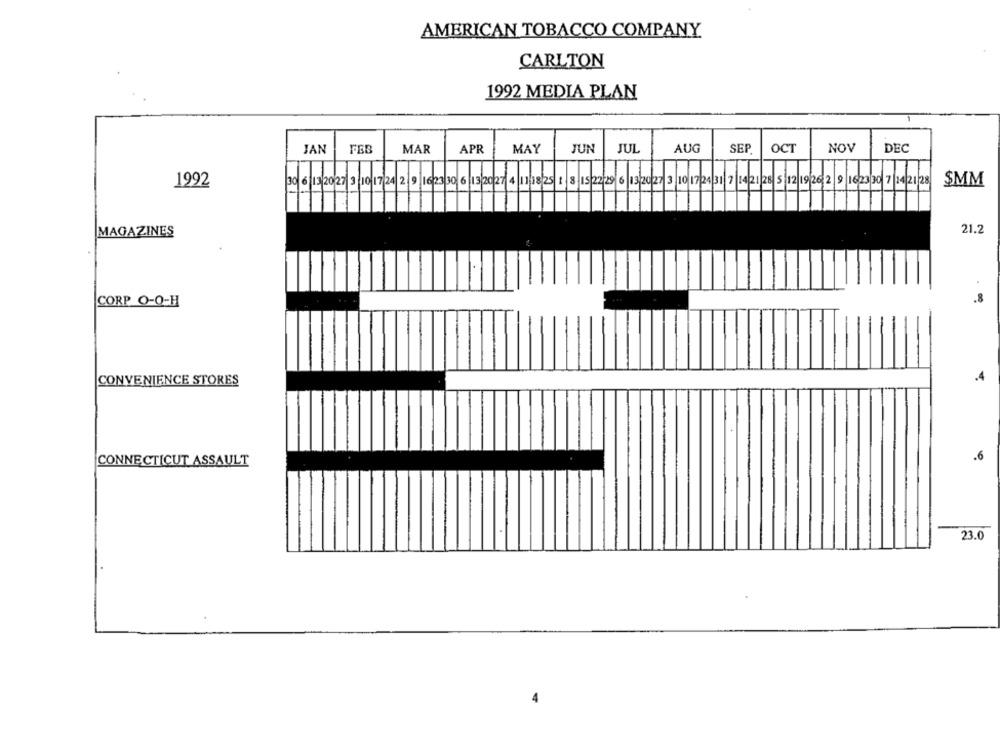
AMERICAN TOBACCO COMPANY
CARLTON
1992 MEDIA PLAN
JAN
MAR
APR
MAY
JUN
JUL
AUG
SEP
OCT
NOV
DEC
1992
30 6|13 20 27|3|10|17 24 2| 9| 1623 30 6|13 2027 4 11 18 25 1|8|15 22 29 6|13/2027 3|10|172431|7|14 2128 5|12|192629 182330 7|142128
$MM
MAGAZINES
21.2
.8
CORP O-O-H
CONVENIENCE STORES
.4
.6
CONNECTICUT ASSAULT
23.0